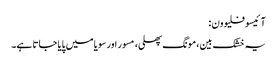
آ ئیسوفلیوون :
یہ خشک بین، مونگ پھلی، مسور اور سویا میں پایا جاتا ہے۔